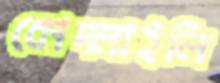
কোদ্‌লাইলি